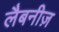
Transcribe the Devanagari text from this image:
लैबनीज़